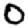
Digit: 0